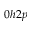
0 h 2 p